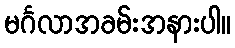
မင်္ဂလာအခမ်းအနားပါ။